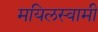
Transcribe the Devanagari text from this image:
मयिलस्वामी